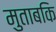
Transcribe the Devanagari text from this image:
मुताबकि